Annual administration report of the Civil Veterinary Department of India - 1894-1895
Year: 1894
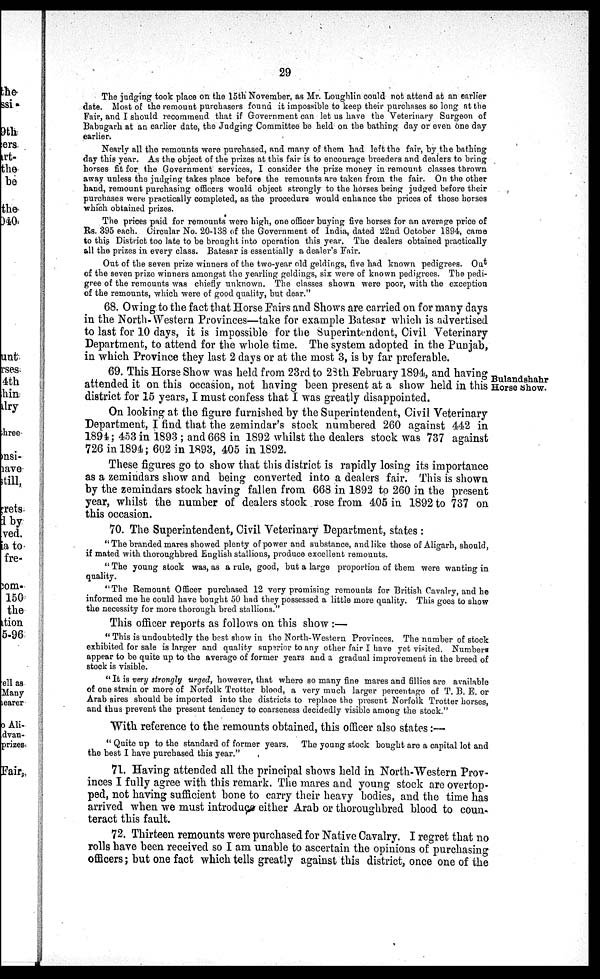
29
The judging took place on the 15th November, as Mr. Loughlin could not attend at an earlier
date. Most of the remount purchasers found it impossible to keep their purchases so long at the
Fair, and I should recommend that if Government can let us have the Veterinary Surgeon of
Babugarh at an earlier date, the Judging Committee be held on the bathing day or even one day
earlier.
Nearly all the remounts were purchased, and many of them had left the fair, by the bathing
day this year. As the object of the prizes at this fair is to encourage breeders and dealers to bring
horses fit for the Government services, I consider the prize money in remount classes thrown
away unless the judging takes place before the remounts are taken from the fair. On the other
hand, remount purchasing officers would object strongly to the horses being judged before their
purchases were practically completed, as the procedure would enhance the prices of those horses
which obtained prizes.
The prices paid for remounts were high, one officer buying five horses for an average price of
Rs. 395 each. Circular No. 20-138 of the Government of India, dated 22nd October 1894, came
to this District too late to be brought into operation this year. The dealers obtained practically
all the prizes in every class. Batesar is essentially a dealer's Fair.
Out of the seven prize winners of the two-year old geldings, five had known pedigrees. Out
of the seven prize winners amongst the yearling geldings, six were of known pedigrees. The pedi-
gree of the remounts was chiefly unknown. The classes shown were poor, with the exception
of the remounts, which were of good quality, but dear."
68. Owing to the fact that Horse Fairs and Shows are carried on for many days
in the North-Western Provinces—take for example Batesar which is advertised
to last for 10 days, it is impossible for the Superintendent, Civil Veterinary
Department, to attend for the whole time. The system adopted in the Punjab,
in which Province they last 2 days or at the most 3, is by far preferable.
Bulandshahr
Horse show.
69. This Horse Show was held from 23rd to 23th February 1894, and having
attended it on this occasion, not having been present at a show held in this
district for 15 years, I must confess that I was greatly disappointed.
On looking at the figure furnished by the Superintendent, Civil Veterinary
Department, I find that the zemindar's stock numbered 260 against 442 in
1894; 453 in 1893 ; and 668 in 1892 whilst the dealers stock was 737 against
726 in 1894; 602 in 1893, 405 in 1892.
These figures go to show that this district is rapidly losing its importance
as a zemindars show and being converted into a dealers fair. This is shown
by the zemindars stock having fallen from 668 in 1892 to 260 in the present
year, whilst the number of dealers stock rose from 405 in 1892 to 737 on
this occasion.
70. The Superintendent, Civil Veterinary Department, states :
" The branded mares showed plenty of power and substance, and like those of Aligarh, should,
if mated with thoroughbred English stallions, produce excellent remounts.
" The young stock was, as a rule, good, but a large proportion of them were wanting in
quality.
"The Remount Officer purchased 12 very promising remounts for British Cavalry, and he
informed me he could have bought 50 had they possessed a little more quality. This goes to show
the necessity for more thorough bred stallions."
This officer reports as follows on this show :—
" This is undoubtedly the best show in the North-Western Provinces. The number of stock
exhibited for sale is larger and quality superior to any other fair I have yet visited. Numbers
appear to be quite up to the average of former years and a gradual improvement in the breed of
stock is visible.
"It is very strongly urged, however, that where so many fine mares and fillies are available
of one strain or more of Norfolk Trotter blood, a very much larger percentage of T. B. E. or
Arab sires should be imported into the districts to replace the present Norfolk Trotter horses,
and thus prevent the present tendency to coarseness decidedly visible among the stock."
With reference to the remounts obtained, this officer also states:—
" Quite up to the standard of former years. The young stock bought are a capital lot and
the best I have purchased this year."
71. Having attended all the principal shows held in North-Western Prov-
inces I fully agree with this remark. The mares and young stock are overtop-
ped, not having sufficient bone to carry their heavy bodies, and the time has
arrived when we must introduce either Arab or thoroughbred blood to coun-
teract this fault.
72. Thirteen remounts were purchased for Native Cavalry. I regret that no
rolls have been received so I am unable to ascertain the opinions of purchasing
officers; but one fact which tells greatly against this district, once one of the